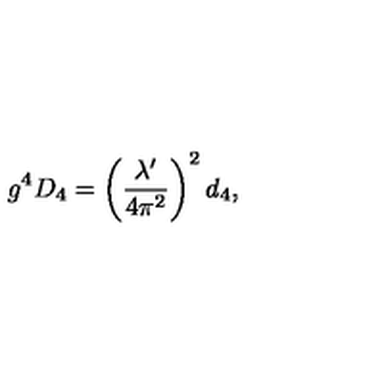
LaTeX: g ^ { 4 } D _ { 4 } = \left( \frac { \lambda ^ { \prime } } { 4 \pi ^ { 2 } } \right) ^ { 2 } d _ { 4 } ,